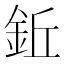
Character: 𫒒